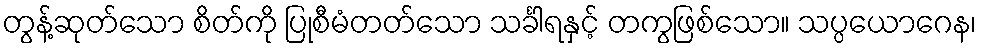
တွန့်ဆုတ်သော စိတ်ကို ပြုစီမံတတ်သော သင်္ခါရနှင့် တကွဖြစ်သော။ သပ္ပယောဂေန၊